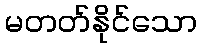
မတတ်နိုင်သော